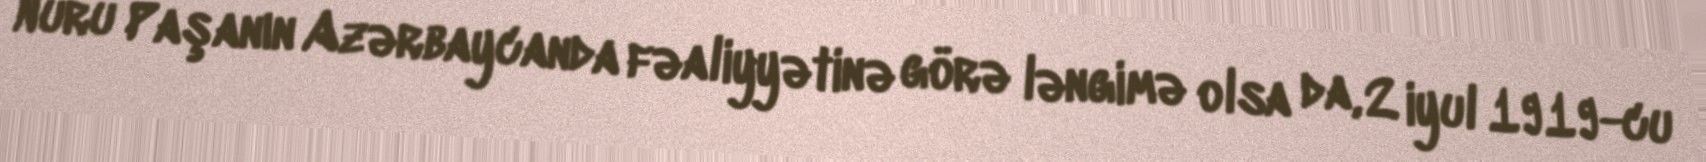
Nuru Paşanın Azərbaycanda fəaliyyətinə görə ləngimə olsa da, 2 iyul 1919-cu